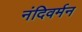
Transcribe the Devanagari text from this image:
नंदिवर्मन